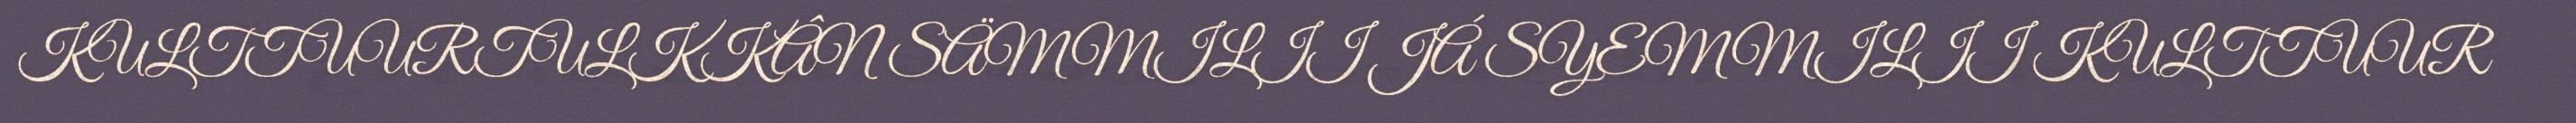
KULTTUURTULKKÂN SÄMMILII JÁ SYEMMILII KULTTUUR